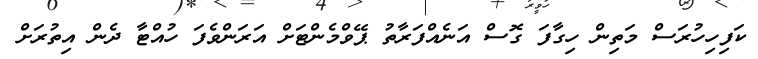
ކަފިހިހުރަސް މަތިން ހިގާފަ ގޮސް އަނެއްފަރާތު ޕޭވްމެންޓަށް އަރަންވެފަ ހުއްޓާ ދެން އިތުރަށް